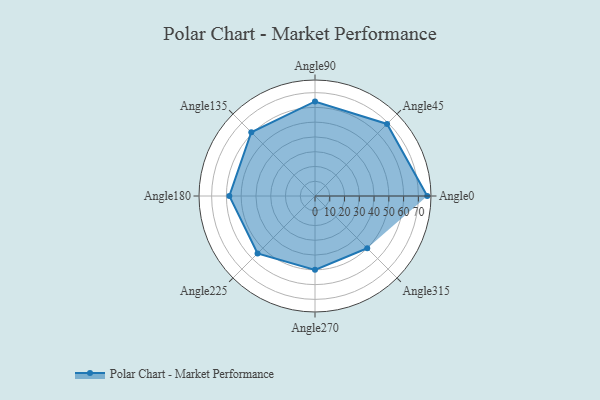
{"axis": {"x": "Angle", "y": "Radius"}, "legend": [""], "data": [{"x": "Angle0", "y": 76.0, "type": ""}, {"x": "Angle45", "y": 69.0, "type": ""}, {"x": "Angle90", "y": 64.0, "type": ""}, {"x": "Angle135", "y": 61.0, "type": ""}, {"x": "Angle180", "y": 58.0, "type": ""}, {"x": "Angle225", "y": 55.0, "type": ""}, {"x": "Angle270", "y": 50, "type": ""}, {"x": "Angle315", "y": 50, "type": ""}]}